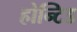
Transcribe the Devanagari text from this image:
होन्टिड